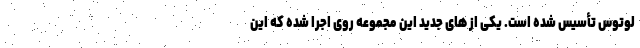
لوتوس تأسیس شده است. یکی از های جدید این مجموعه روی اجرا شده که این